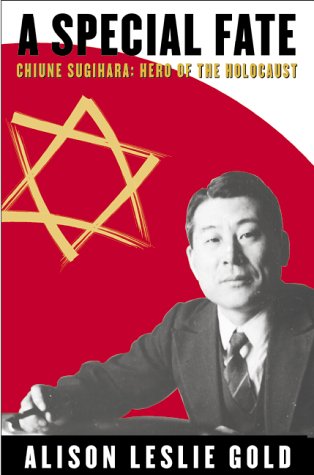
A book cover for A Special Fate: Chiune Sugihara: Hero of the Holocaust; Alison Leslie Gold; Children's Books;